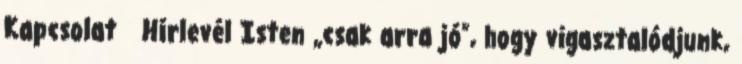
Kapcsolat Hírlevél Isten „csak arra jó”, hogy vigasztalódjunk,